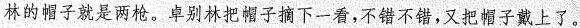
林的帽子就是两枪。卓别林把帽子摘下一看，不错不错，又把帽子戴上了。